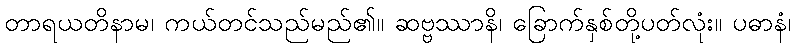
တာရယတိနာမ၊ ကယ်တင်သည်မည်၏။ ဆဗ္ဗဿာနိ၊ ခြောက်နှစ်တို့ပတ်လုံး။ ပဓာနံ၊